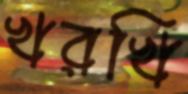
খরখি